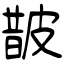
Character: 皵